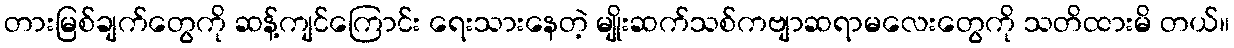
တားမြစ်ချက်တွေကို ဆန့်ကျင်ကြောင်း ရေးသားနေတဲ့ မျိုးဆက်သစ်ကဗျာဆရာမလေးတွေကို သတိထားမိ တယ်။